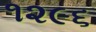
૧૨૯૬